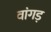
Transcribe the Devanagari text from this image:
वांगड़